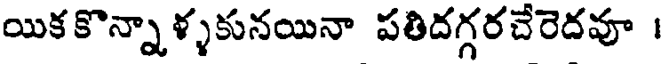
యికకొన్నాళ్ళకునయినా పతిదగ్గరచేరెదవూ ।